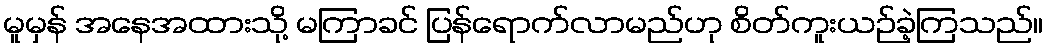
မူမှန် အနေအထားသို့ မကြာခင် ပြန်ရောက်လာမည်ဟု စိတ်ကူးယဉ်ခဲ့ကြသည်။